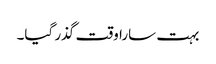
بہت سارا وقت گذر گیا۔